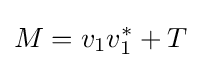
M=v_{1}v_{1}^{*}+T